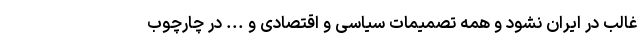
غالب در ایران نشود و همه تصمیمات سیاسی و اقتصادی و ... در چارچوب